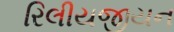
રિલીયજીયન